Parnu_Linna_Vaeslastekohus, lk 4
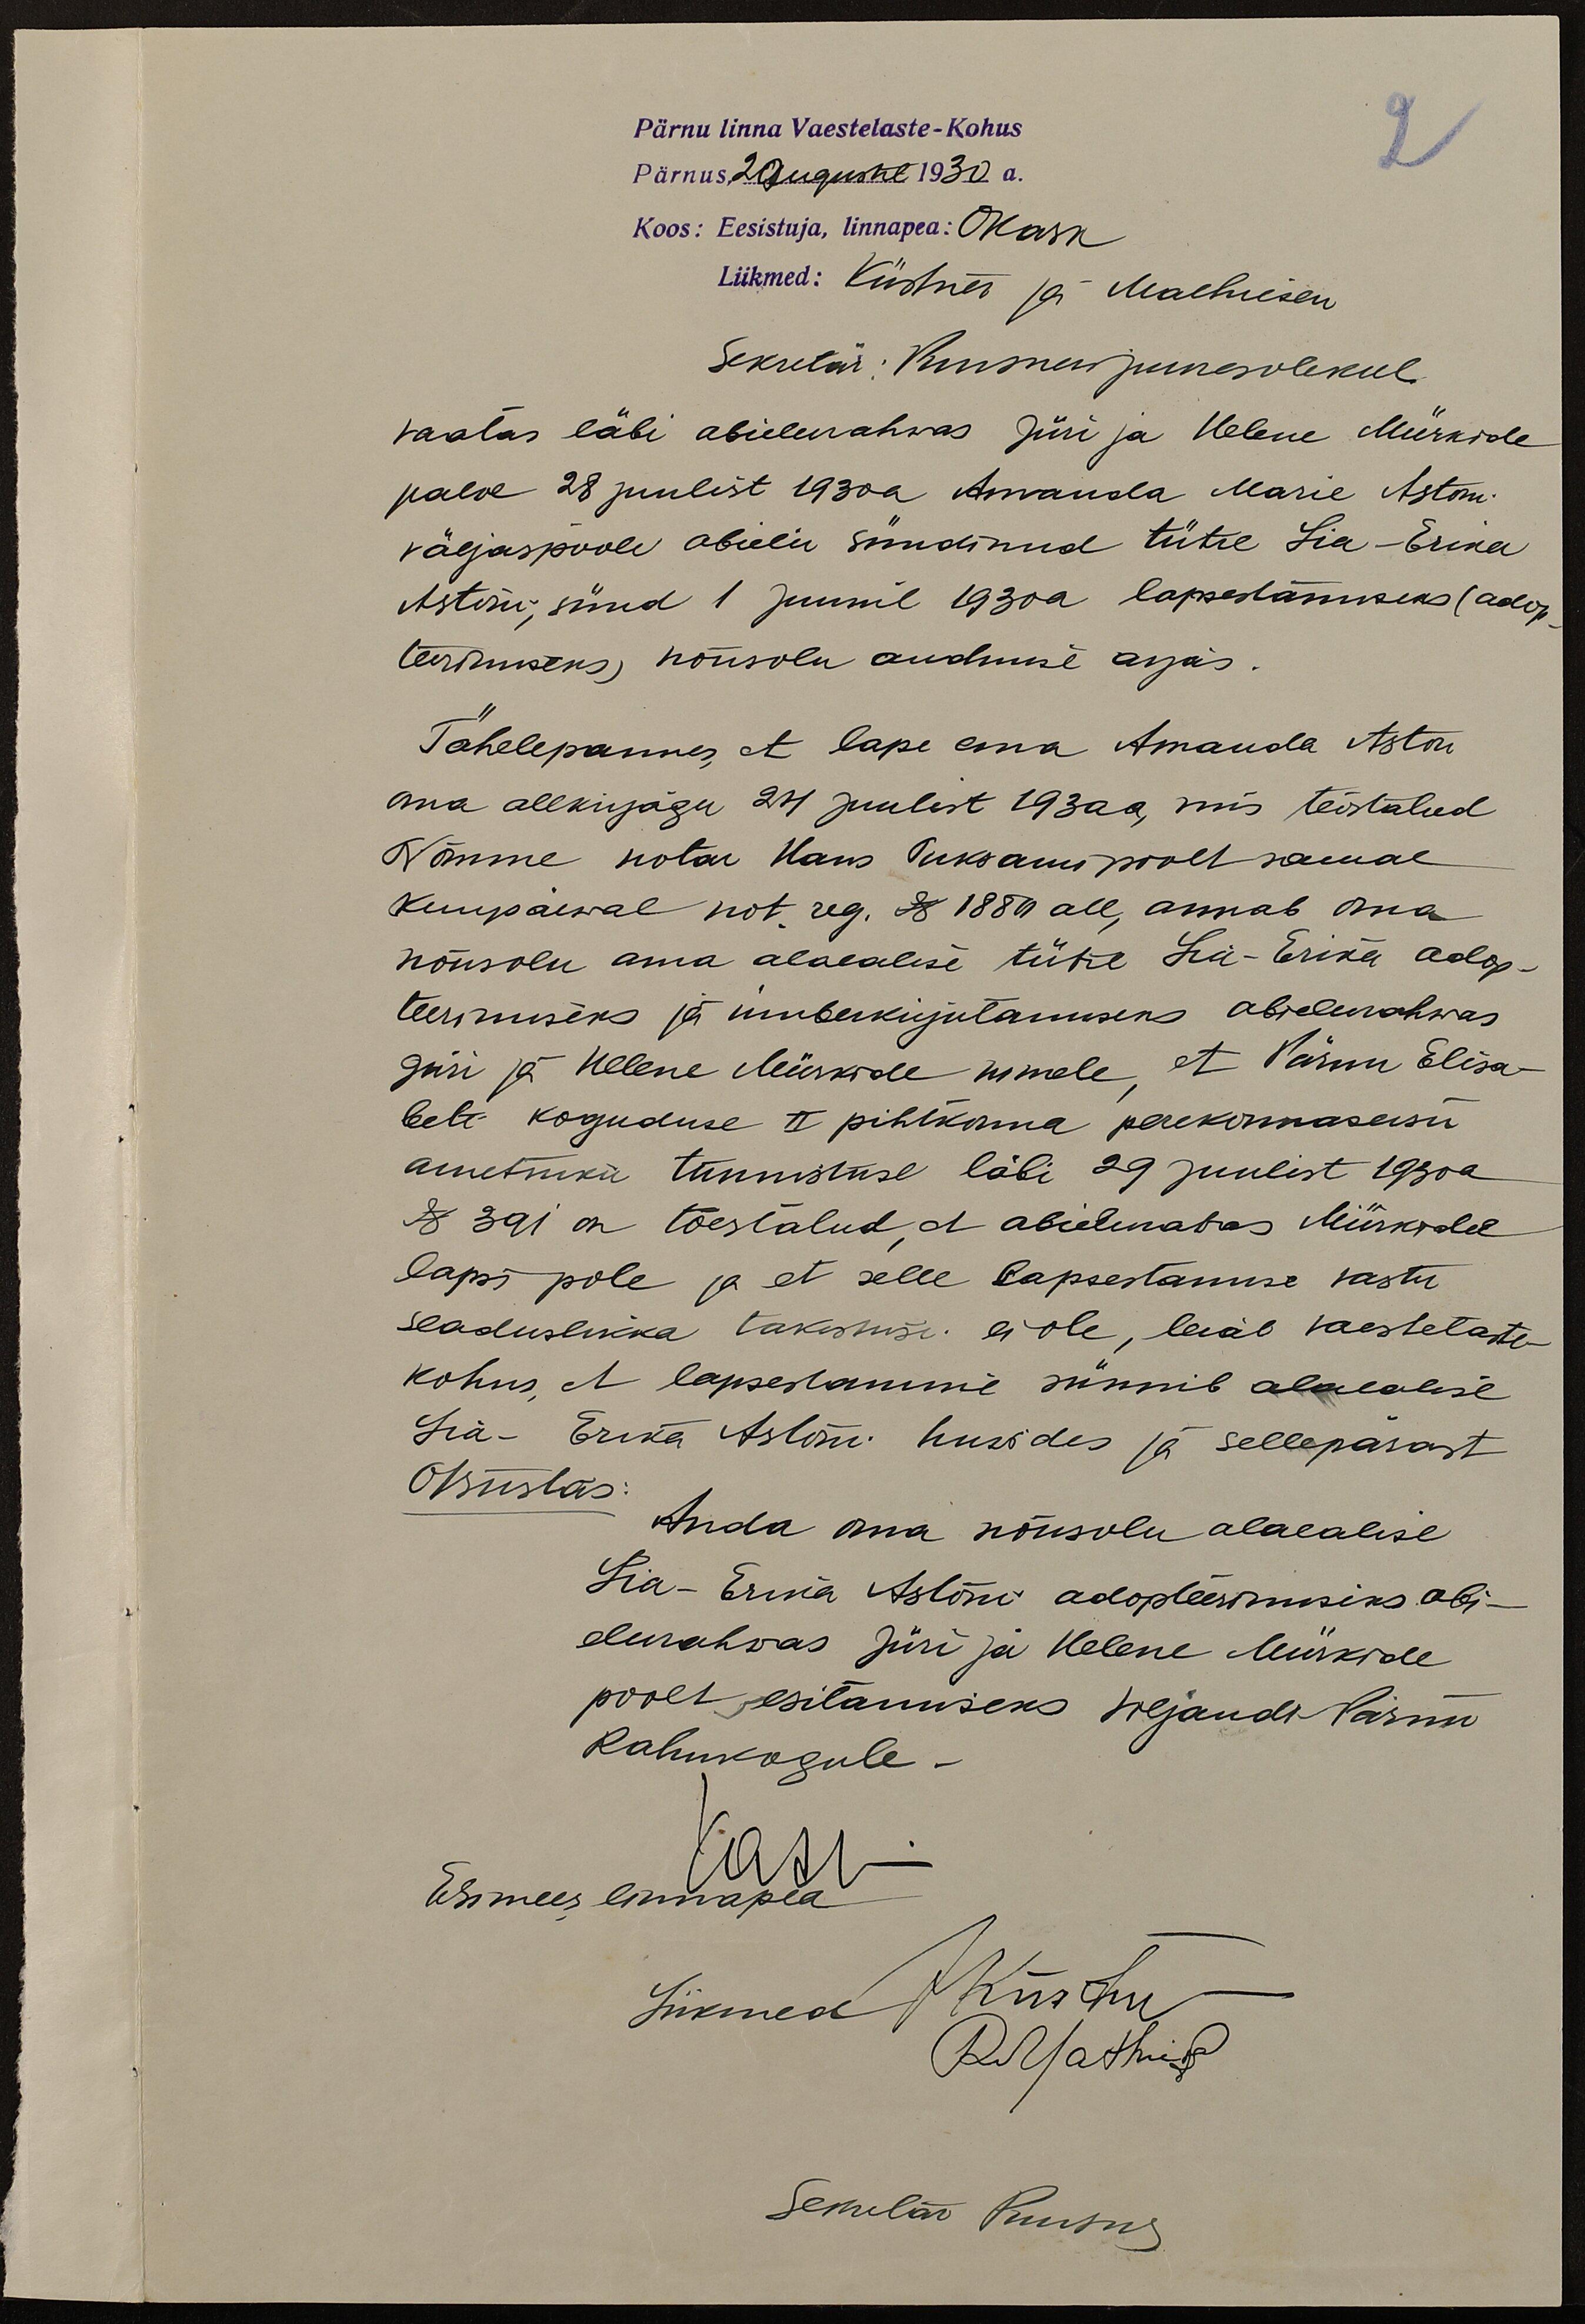
Pärnu linna Vaestelaste-Kohus
2
Pärnus, 20 augustil 1930 a.
Koos: Eesistuja, linnapea: OKask
Liikmed: Küstner ja Malhiesen
Sekretär: Kunsnu juuresolekul
vaatas läbi abielurahwas Jüri ja Helene Mürkide
palve 28 juulist 1930a Amanda Marie Astoni
väljaspoole abielu sündinud tütre Lia-Erika
Astoni, sünd 1 juunil 1930a. lapsedamiseks (adop
teerimiseks, nõusolu andmise asjas.
Tähelepannes, et lapse ema Amanda Aston
oma allkirjaga 24 juulist 1930 a, mis tõestatud
Nõmme notar Hans Tuksmani poolt samal
Kuupäewal not. reg. N 1880 all, annab oma
nõusolu oma alaealise tütre Lia-Erika adop-
teerimiseks ja ümberkirjutamiseks abielurahwas
Jüri ja Helene Mürkide nimele, et Pärnu Elisa-
beti koguduse II pihtkonna perekonnaseisu
ametniku tunnistuse läbi 29 juulist 1930a
N 391 on tõestatud, et abielurahwas Mürkidel
lapsi pole ja et selle lapsestamise vastu
seaduslikka takistusi ei ole, leiab vaestelate-
kohus, et lapsestamine sünnib alalalise
Lia-Erika Astoni huwides ja sellepärast
Otsustas:
Anda oma nõusolu alalalise
Lia-Erika Astoni adopteerimiseks abi-
elurahwas Jüri ja Helene Mürkide
poolt, esitamiseks Viljandi Pärnu
Rahukogule.
Kask
Esimees linnapea
Liikmed JKüstner
RMathiesen
Sekretär Kuusu